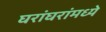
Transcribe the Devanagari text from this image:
घरांघरांमध्ये